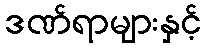
ဒဏ်ရာများနှင့်